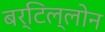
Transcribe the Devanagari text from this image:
बर्टिल्लोन